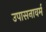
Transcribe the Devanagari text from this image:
उपासनावर्म